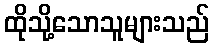
ထိုသို့သောသူများသည်